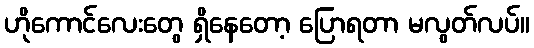
ဟိုကောင်လေးတွေ ရှိနေတော့ ပြောရတာ မလွတ်လပ်။